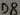
Text: D8